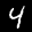
Label: 4